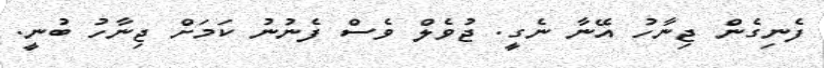
ފެނިގެން ޖިނާހު އޭނާ ނެގީ. ޖުވެލް ވެސް ފެނުނު ކަމަށް ޖިނާހު ބުނީ.